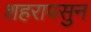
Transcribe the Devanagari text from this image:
शहरापसुन